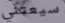
سيعتني